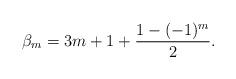
LaTeX: \begin{align*}\beta_m=3 m+1+\frac{1-(-1)^m}{2}.\end{align*}